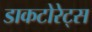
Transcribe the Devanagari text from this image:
डाकटोरेट्स